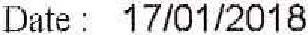
DATE : 17/01/2018